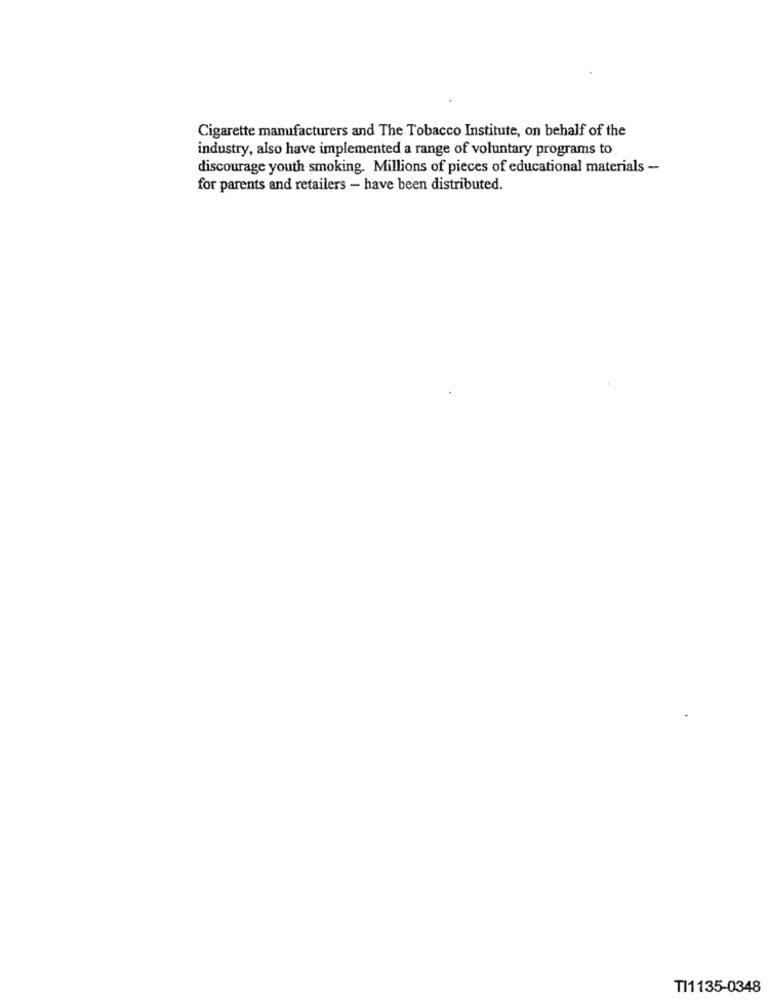
Cigarette manufacturers and The Tobacco Institute, on behalf of the
industry, also have implemented a range of voluntary programs to
discourage youth smoking. Millions of pieces of educational materials --
for parents and retailers - have been distributed.
TI1135-0348